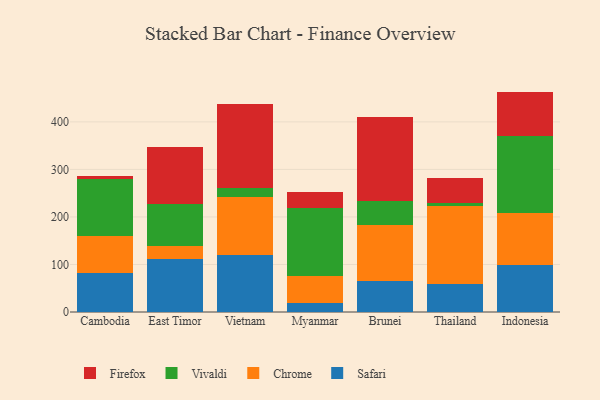
{"axis": {"x": "Country", "y": "Churn Rate (%)"}, "legend": ["Chrome", "Firefox", "Safari", "Vivaldi"], "data": [{"x": "Cambodia", "y": 82.1, "type": "Safari"}, {"x": "Cambodia", "y": 78.2, "type": "Chrome"}, {"x": "Cambodia", "y": 119.0, "type": "Vivaldi"}, {"x": "Cambodia", "y": 7.3, "type": "Firefox"}, {"x": "East Timor", "y": 112.4, "type": "Safari"}, {"x": "East Timor", "y": 26.8, "type": "Chrome"}, {"x": "East Timor", "y": 88.6, "type": "Vivaldi"}, {"x": "East Timor", "y": 118.4, "type": "Firefox"}, {"x": "Vietnam", "y": 119.9, "type": "Safari"}, {"x": "Vietnam", "y": 121.5, "type": "Chrome"}, {"x": "Vietnam", "y": 18.7, "type": "Vivaldi"}, {"x": "Vietnam", "y": 177.6, "type": "Firefox"}, {"x": "Myanmar", "y": 18.4, "type": "Safari"}, {"x": "Myanmar", "y": 56.3, "type": "Chrome"}, {"x": "Myanmar", "y": 145.1, "type": "Vivaldi"}, {"x": "Myanmar", "y": 31.9, "type": "Firefox"}, {"x": "Brunei", "y": 64.5, "type": "Safari"}, {"x": "Brunei", "y": 118.6, "type": "Chrome"}, {"x": "Brunei", "y": 51.2, "type": "Vivaldi"}, {"x": "Brunei", "y": 176.2, "type": "Firefox"}, {"x": "Thailand", "y": 59.6, "type": "Safari"}, {"x": "Thailand", "y": 163.7, "type": "Chrome"}, {"x": "Thailand", "y": 5.9, "type": "Vivaldi"}, {"x": "Thailand", "y": 52.4, "type": "Firefox"}, {"x": "Indonesia", "y": 98.6, "type": "Safari"}, {"x": "Indonesia", "y": 109.7, "type": "Chrome"}, {"x": "Indonesia", "y": 161.8, "type": "Vivaldi"}, {"x": "Indonesia", "y": 93.6, "type": "Firefox"}]}